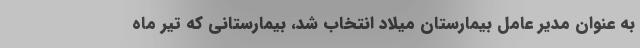
به عنوان مدير عامل بيمارستان ميلاد انتخاب شد، بيمارستاني كه تير ماه